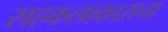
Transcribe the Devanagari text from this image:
सहकलाकाराचा